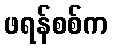
ဖရန်စစ်က